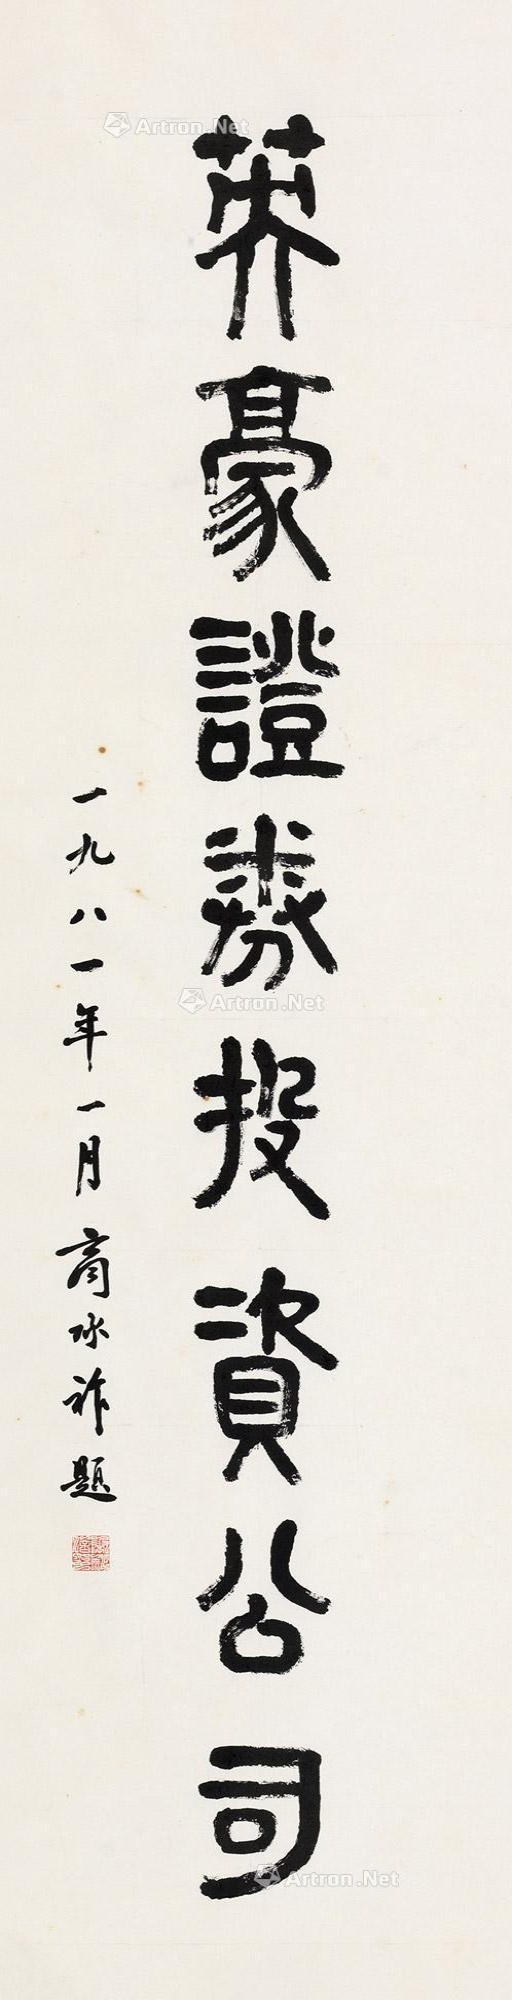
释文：英豪证券投资公司。一九八一年一月商承祚题。